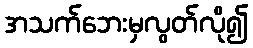
အသက်ဘေးမှလွတ်လို၍